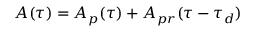
A ( \tau ) = A _ { p } ( \tau ) + A _ { p r } ( \tau - \tau _ { d } )